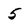
Character: 5